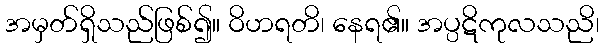
အမှတ်ရှိသည်ဖြစ်၍။ ဝိဟရတိ၊ နေရ၏။ အပ္ပဋိကုလသညိ၊